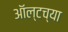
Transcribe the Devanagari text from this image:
ऑल्टच्या